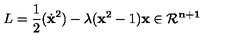
L = \frac { 1 } { 2 } ( \dot { \bf x } ^ { 2 } ) - \lambda ( { \bf x } ^ { 2 } - 1 ) \bf x \in { \cal R } ^ { n + 1 }